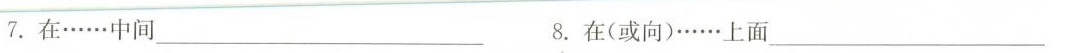
7.在……中间___8.在(或向)……上面___